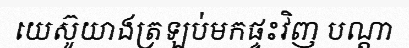
យេស៊ូយាងត្រឡប់មកផ្ទះវិញ បណ្តា